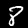
Digit: 8